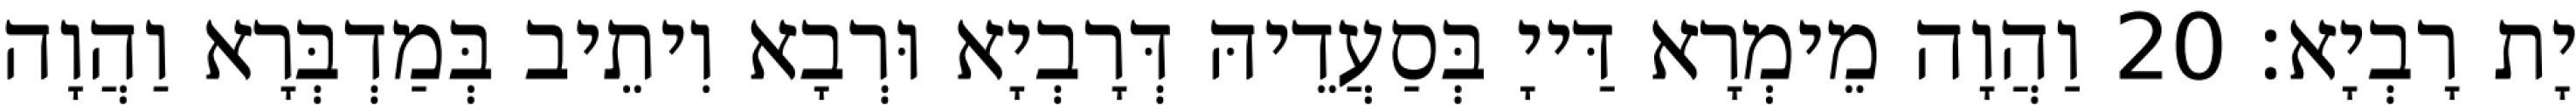
יָת רָבְיָא׃ 20 וַהֲוָה מֵימְרָא דַּייָ בְּסַעֲדֵיהּ דְּרָבְיָא וּרְבָא וִיתֵיב בְּמַדְבְּרָא וַהֲוָה